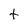
Character: t